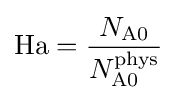
\mathrm {Ha} ={\frac {N_{\mathrm {A} 0}}{N_{\mathrm {A} 0}^{\mathrm {phys} }}}